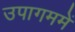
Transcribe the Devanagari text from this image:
उपागममें